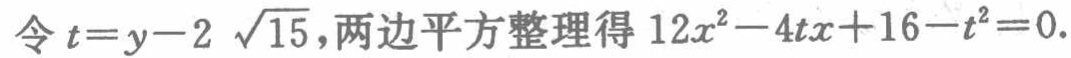
令\(t = y - 2\sqrt{15}\)，两边平方整理得\(12x^{2}-4tx + 16 - t^{2}=0\)。